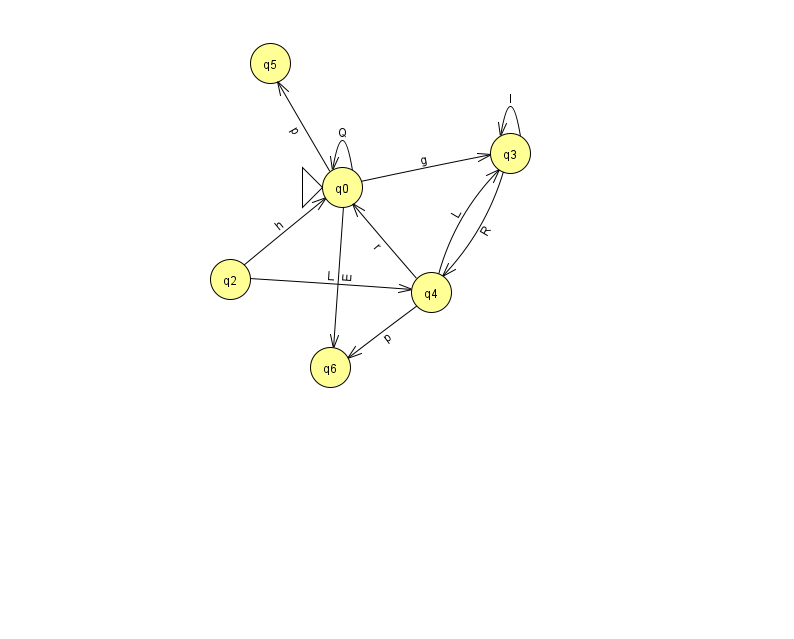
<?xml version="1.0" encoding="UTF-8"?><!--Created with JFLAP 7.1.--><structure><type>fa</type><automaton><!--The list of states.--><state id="0" name="q0"><x>342.0</x><y>174.0</y><initial/></state><state id="2" name="q2"><x>230.0</x><y>266.0</y></state><state id="3" name="q3"><x>510.0</x><y>140.0</y></state><state id="4" name="q4"><x>431.0</x><y>279.0</y></state><state id="5" name="q5"><x>270.0</x><y>50.0</y></state><state id="6" name="q6"><x>330.0</x><y>354.0</y></state><!--The list of transitions.--><transition><from>4</from><to>0</to><read>r</read></transition><transition><from>0</from><to>0</to><read>Q</read></transition><transition><from>4</from><to>3</to><read>L</read></transition><transition><from>4</from><to>6</to><read>p</read></transition><transition><from>0</from><to>5</to><read>p</read></transition><transition><from>0</from><to>6</to><read>E</read></transition><transition><from>2</from><to>0</to><read>h</read></transition><transition><from>3</from><to>3</to><read>I</read></transition><transition><from>0</from><to>3</to><read>g</read></transition><transition><from>3</from><to>4</to><read>R</read></transition><transition><from>2</from><to>4</to><read>L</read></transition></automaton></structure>